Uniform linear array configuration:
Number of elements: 4
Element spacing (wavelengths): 0.5
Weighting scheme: blackman
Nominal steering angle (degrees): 0
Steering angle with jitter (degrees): -1.228
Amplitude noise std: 0.05
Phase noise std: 0.05

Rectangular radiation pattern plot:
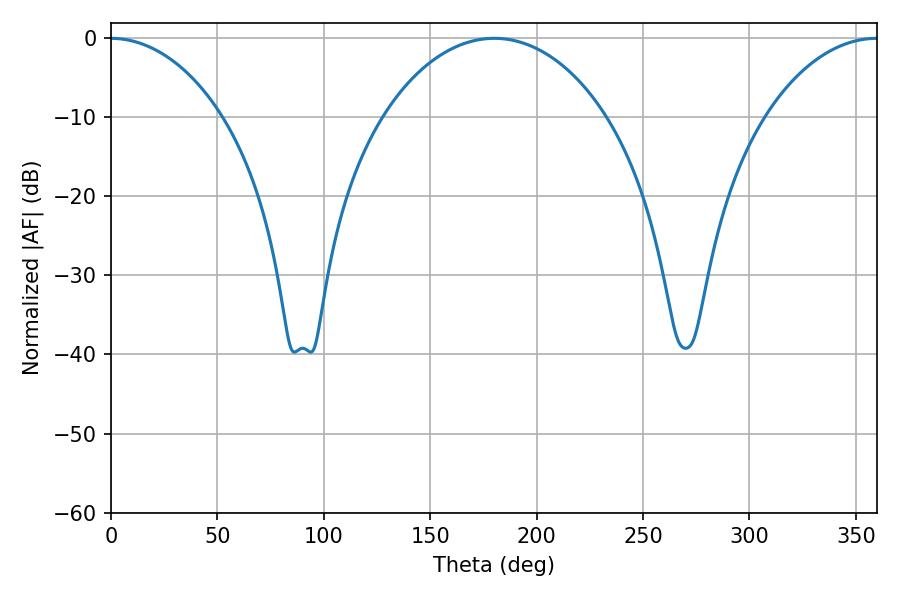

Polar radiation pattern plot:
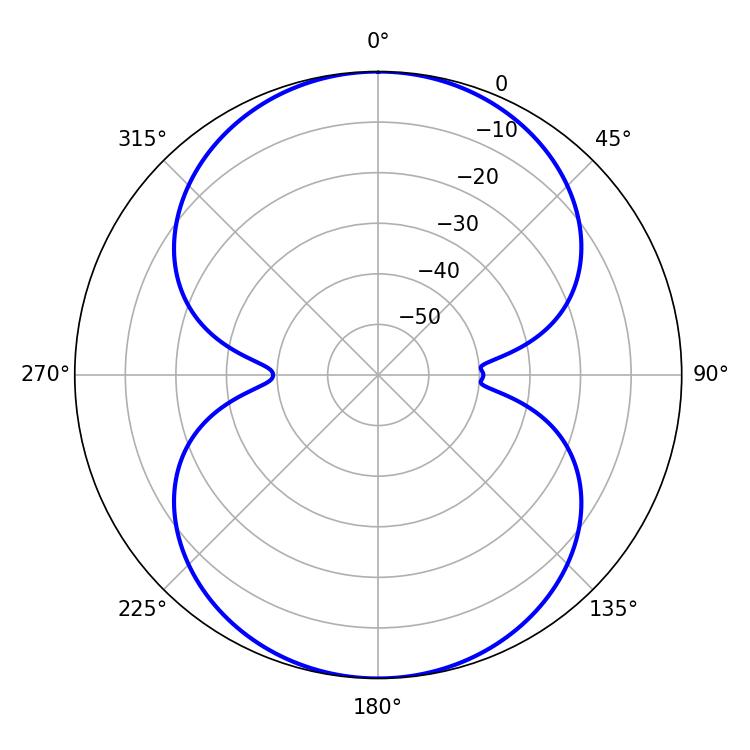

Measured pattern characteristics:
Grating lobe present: FALSE
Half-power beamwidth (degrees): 59.76
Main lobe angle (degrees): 180.18